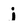
Character: j